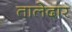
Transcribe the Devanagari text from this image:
तालेदार